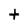
Character: t